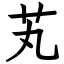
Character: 芄